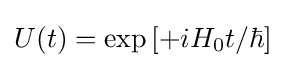
{\textstyle U(t)=\exp \left[{+iH_{0}t/\hbar }\right]}